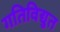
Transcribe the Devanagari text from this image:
गतिविद्युत